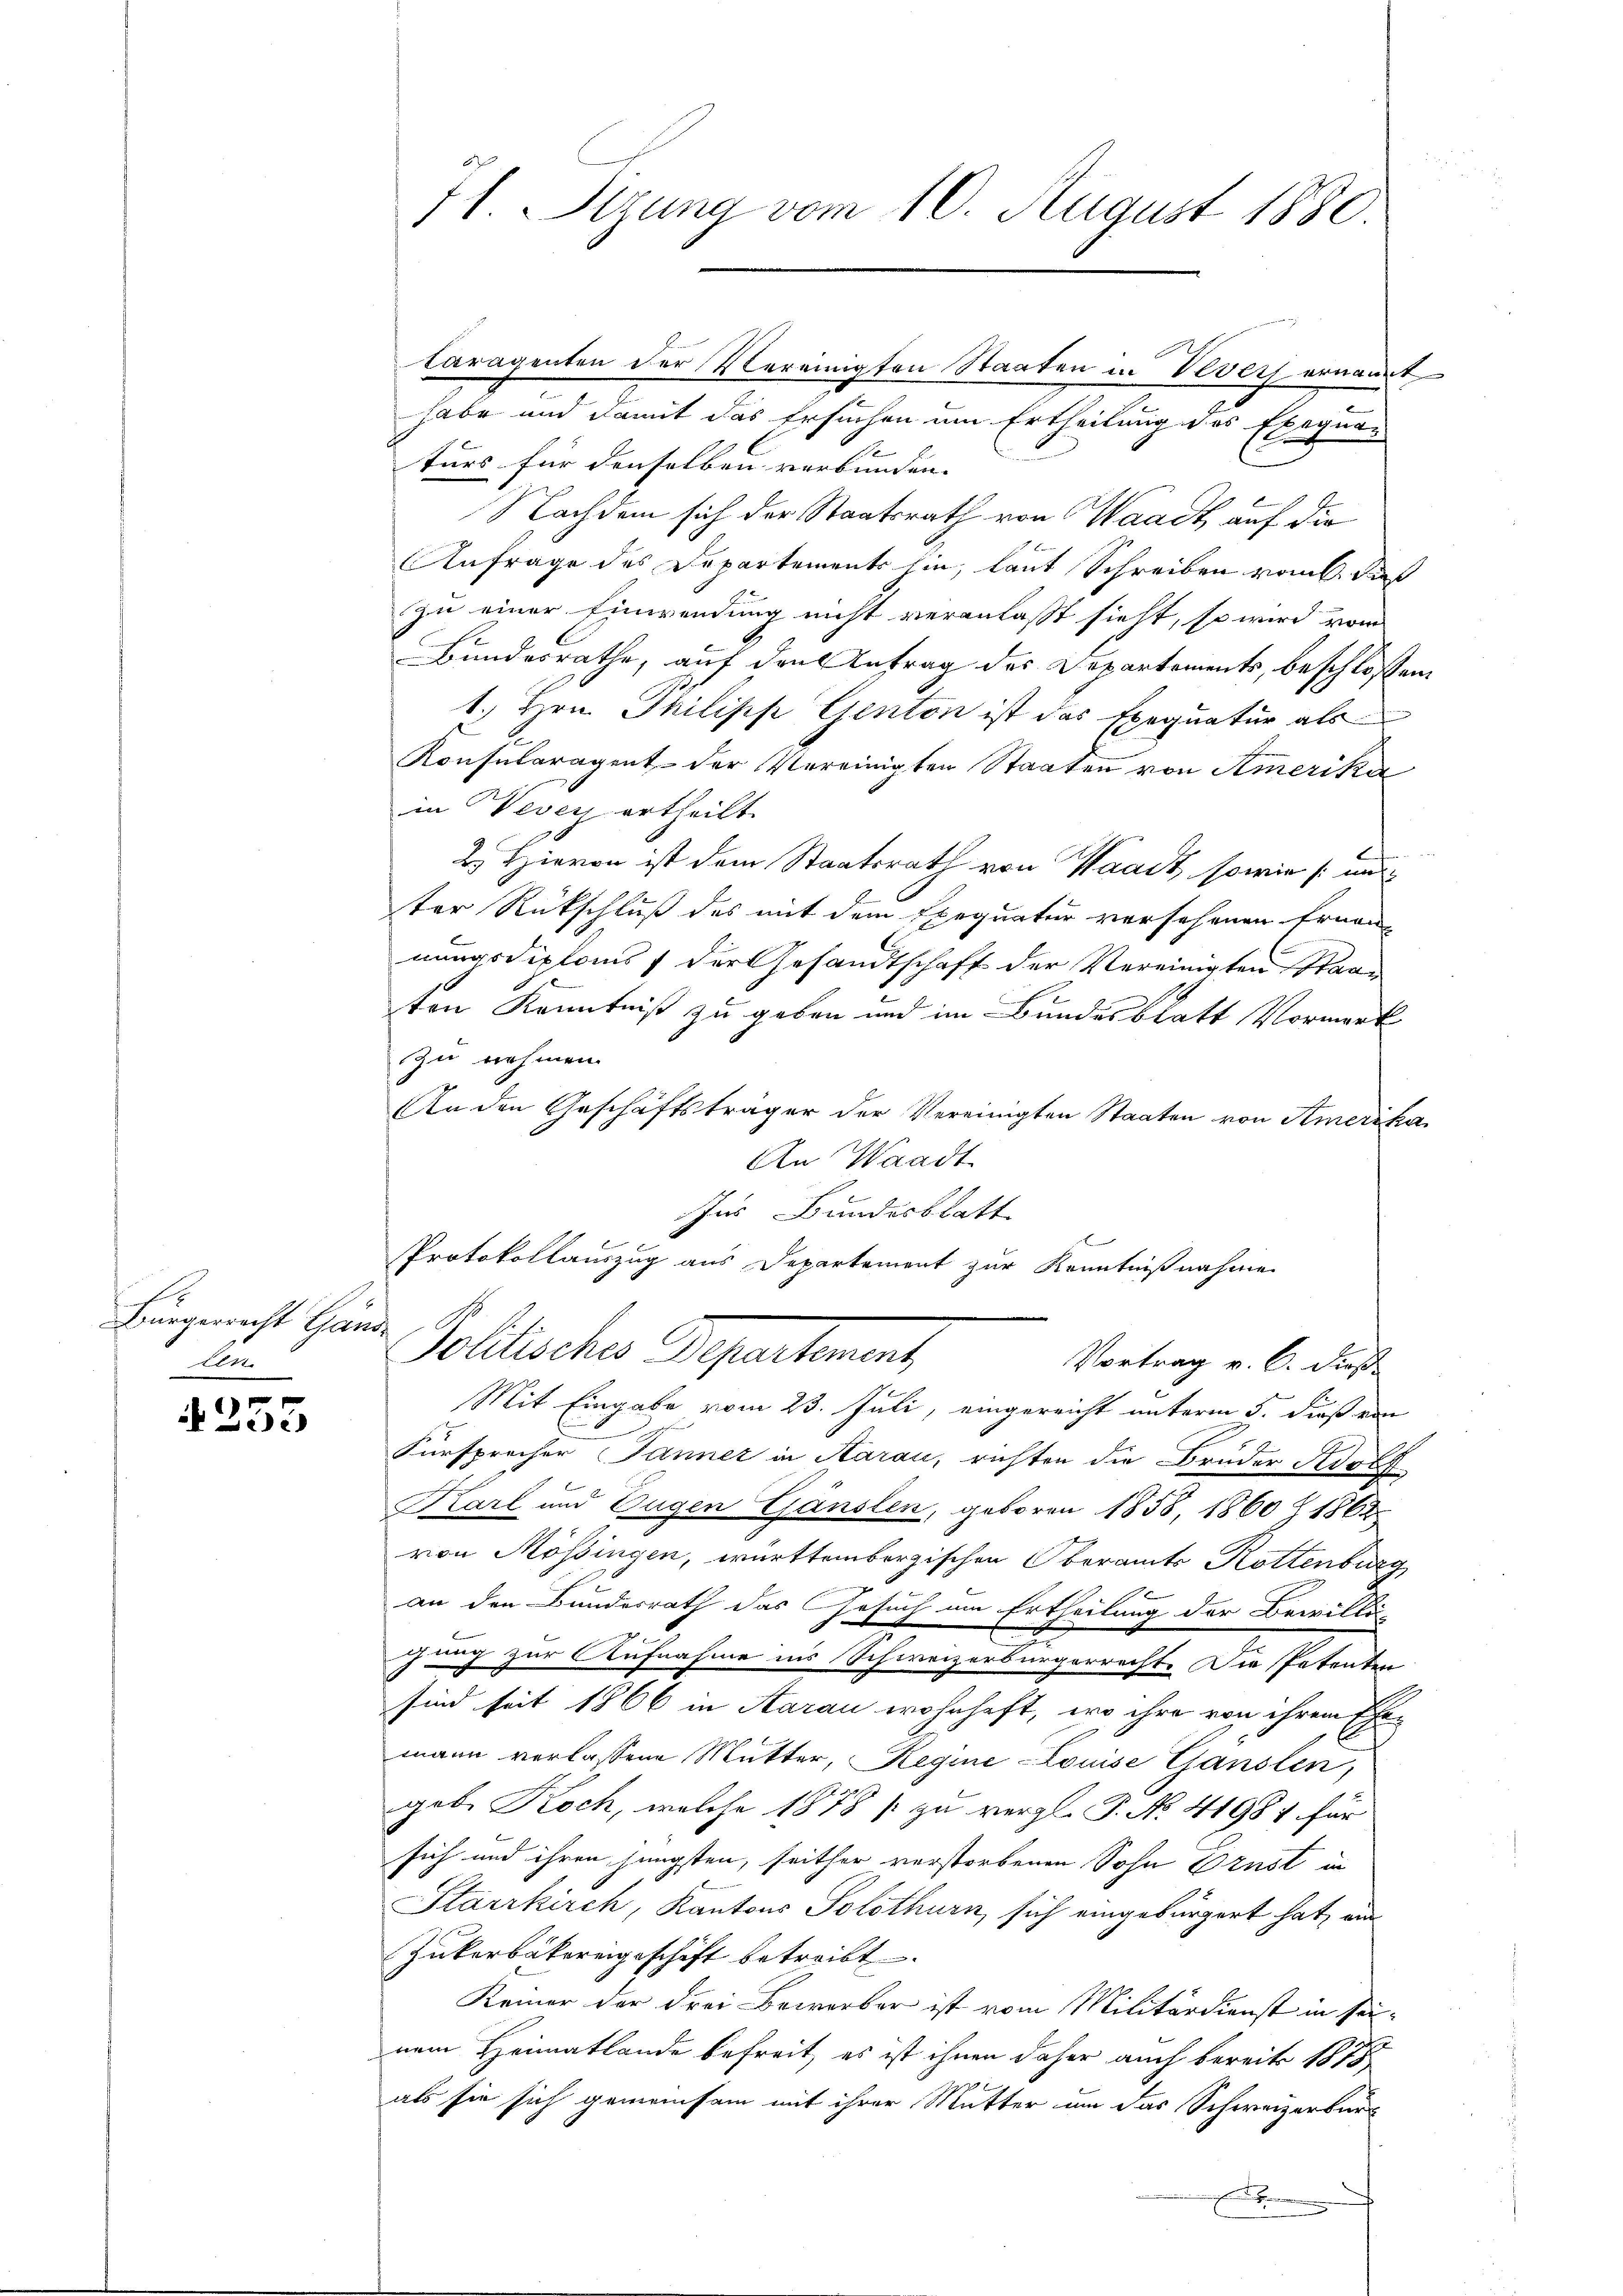
Bürgerrecht Gande
te

4253

71. Sezung vom 10. August 1880.

Caragenten der Vereinigten Staaten in Vevets ernannt
habe und damit das Ersuchen um Ertheilung des Exequar
turs für denselben verbunden. |
Nachdem sich der Staatsrath von Waadt, auf die
Anfrage des Departements hin, laut Schreiben von dieß
zu einer Einwendung nicht veranlaßt sieht, so wird vom
Bundesrathe, auf den Antrag des Departements, beschlossen
1. Hrn. Philisch Genton ist das Exequatur als
Konsularagent der Vereinigten Staaten von Amerika
in evenz ertheilt.
2. Hievon ist dem Staatsrath von Waadt, sowie und
ter Rückschluß des mit dem Exequatur versehenen Ernennungsdiploms / der Gesandtschaft der Vereinigten Staa
ton Kenntniß zu geben und im Bundesblatt Vormerk
Zu nehmen.
An den Geschäftsträger der Vereinigten Staaten von Amerika
An Waadt
Ins Bundesblatt
E
Protokollauszug aus Departement zur Kenntnißnahme
Pollischer Grepartement
Vortrag v. 6. dieß
Mit Eingabe vom 23. Juli, eingereicht unterm 5. dieß von
Fürsprecher Jänner in Aarau, richten die Brüder Adolf
Karl und Eugen Gänslen, geboren 1858, 1860 Z 1862
von Mössingen, württembergischen Oberamts Rottenburg
e
an den Bundesrath das Gesuch um Ertheilung der Bewillin
Jung zur Aufnahme ins Schweizerbürgerrecht. Die Patenten
sind seit 1866 in Aarau wohnhaft, wo ihre von ihrem Ehemann verlassene Mutter, Regine-Louise Gänslen,
h
geb. Koch, welche 1878 / zu vergl. P. No. 41981 für
sich und ihren jüngsten, seither verstorbenen Sohn Ernst in
Starrkirch, Kantons Solothurn, sich eingebürgert hat, ein
Zukerbäckereigeschäft betreibt. |
Keiner der drei Bewerber ist vom Militärdienst in sei-
nem Heimatlande befreit, es ist ihnen daher auch bereits 1818
als sie sich gemeinsam mit ihrer Mutter um das Schweizerbürg
h